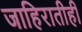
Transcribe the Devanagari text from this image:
जाहिरातीही